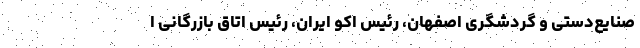
صنایع‌دستی و گردشگری اصفهان، رئیس اکو ایران، رئیس اتاق بازرگانی ا